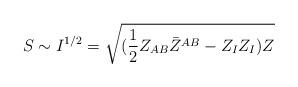
LaTeX: \begin{align*}S \sim I^{1/2}= \sqrt{({1\over 2} Z_{AB}\bar Z^{AB} -Z_I Z_I)Z }\end{align*}